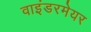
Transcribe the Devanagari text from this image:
वाइंडरमेयर